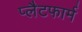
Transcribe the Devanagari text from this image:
प्‍लैटफार्म